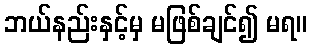
ဘယ်နည်းနှင့်မှ မဖြစ်ချင်၍ မရ။